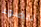
للضوء